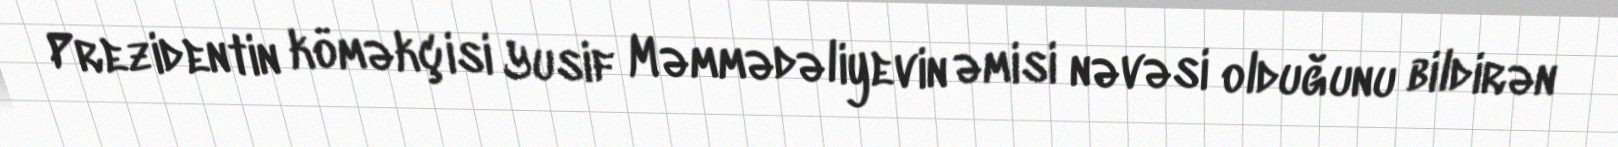
Prezidentin köməkçisi Yusif Məmmədəliyevin əmisi nəvəsi olduğunu bildirən